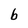
Character: b